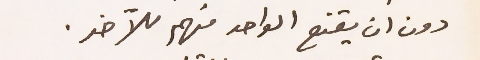
دون ان يقنع الواحد منهم للآخر.